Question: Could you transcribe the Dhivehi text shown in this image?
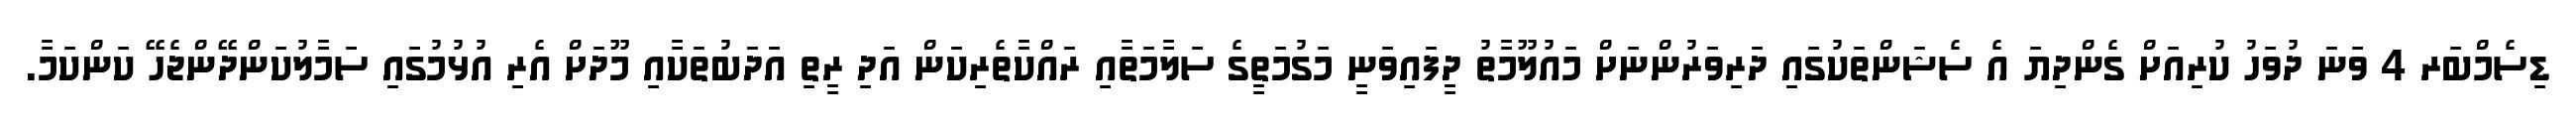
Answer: ޑިސެމްބަރ 4 ވަނަ ދުވަހު ކުރިއަށް ގެންދިޔަ އެ ސެޝަންތަކުގައި ދަރިވަރުންނަށް މައުލޫމާތު ދީފައިވަނީ މަގުމަތީގެ ސަލާމަތާއި ރައްކާތެރިކަން އަދި ރީތި އަދަބުތަކާއި މޫދަށް އެރި އުޅުމުގައި ސަމާލުކަންދޭންޖެހޭ ކަންކަމާ.